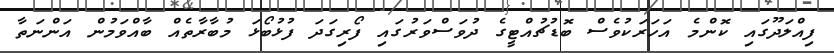
ފިއްލަދޫގައި ކޮންމެ އަހަރަކުވެސް ބޮޑުޗުއްޓީގެ ދުވަސްވަރުގައި ފޯރިގަދަ ފުޅުބޯޅަ މުބާރާތެއް ބާއްވަމުން އަންނަތާ